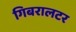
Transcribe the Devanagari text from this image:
गिबरालटर